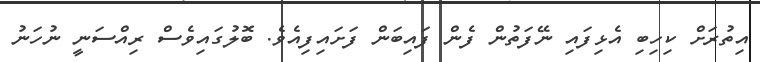
އިތުރަށް ކިހިބި އެޅިފައި ނޭފަތުން ފެން ފައިބަން ފަށައިފިއެވެ. ބޮލުގައިވެސް ރިއްސަނީ ނުހަނު